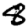
Digit: 8